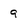
Character: 9